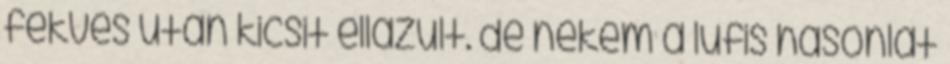
fekvés után kicsit ellazult. de nekem a lufis hasonlat